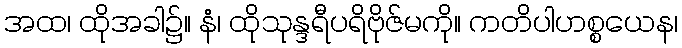
အထ၊ ထိုအခါ၌။ နံ၊ ထိုသုန္ဒရီပရိဗိုဇ်မကို။ ကတိပါဟစ္စယေန၊